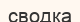
сводка